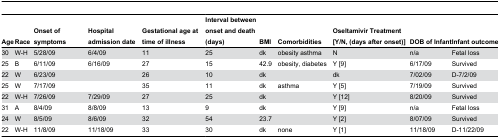
<table><thead><tr><td><b>Age</b></td><td><b>Race</b></td><td><b>Onset of symptoms</b></td><td><b>Hospital admission date</b></td><td><b>Gestational age at time of illness</b></td><td><b>Interval between onset and death (days)</b></td><td><b>BMI</b></td><td><b>Comorbidities</b></td><td><b>Oseltamivir Treatment [Y/N, (days after onset)]</b></td><td><b>DOB of Infant</b></td><td><b>Infant outcome</b></td></tr></thead><tbody><tr><td>30</td><td>W-H</td><td>5/28/09</td><td>6/4/09</td><td>11</td><td>25</td><td>dk</td><td>obesity asthma</td><td>N</td><td>n/a</td><td>Fetal loss</td></tr><tr><td>25</td><td>B</td><td>6/11/09</td><td>6/16/09</td><td>27</td><td>15</td><td>42.9</td><td>obesity, diabetes</td><td>Y [9]</td><td>6/17/09</td><td>Survived</td></tr><tr><td>22</td><td>W</td><td>6/23/09</td><td></td><td>26</td><td>10</td><td>dk</td><td></td><td>dk</td><td>7/02/09</td><td>D-7/2/09</td></tr><tr><td>25</td><td>W</td><td>7/17/09</td><td></td><td>35</td><td>11</td><td>dk</td><td>asthma</td><td>Y [5]</td><td>7/19/09</td><td>Survived</td></tr><tr><td>22</td><td>W-H</td><td>7/26/09</td><td>7/29/09</td><td>27</td><td>25</td><td>dk</td><td></td><td>Y [12]</td><td>8/20/09</td><td>Survived</td></tr><tr><td>31</td><td>A</td><td>8/4/09</td><td>8/8/09</td><td>13</td><td>9</td><td>dk</td><td></td><td>Y [9]</td><td>n/a</td><td>Fetal loss</td></tr><tr><td>24</td><td>W</td><td>8/5/09</td><td>8/6/09</td><td>32</td><td>54</td><td>23.7</td><td></td><td>Y [2]</td><td>8/07/09</td><td>Survived</td></tr><tr><td>22</td><td>W-H</td><td>11/8/09</td><td>11/18/09</td><td>33</td><td>30</td><td>dk</td><td>none</td><td>Y [1]</td><td>11/18/09</td><td>D-11/22/09</td></tr></tbody></table>